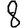
Digit: 8